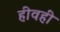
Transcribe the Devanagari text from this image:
हीवहीं